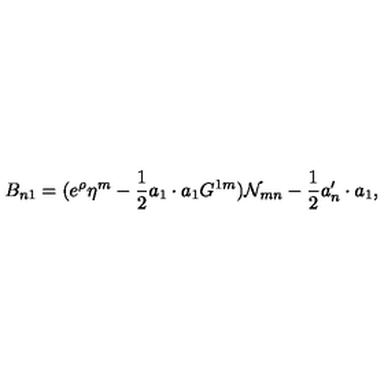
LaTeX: B _ { n 1 } = ( e ^ { \rho } \eta ^ { m } - { \frac { 1 } { 2 } } a _ { 1 } \cdot a _ { 1 } G ^ { 1 m } ) { \cal N } _ { m n } - { \frac { 1 } { 2 } } a _ { n } ^ { \prime } \cdot a _ { 1 } ,